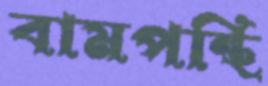
বামপন্থি